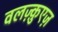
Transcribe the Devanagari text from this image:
वलज़्क़ुएज़